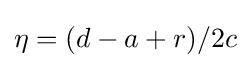
\eta =(d-a+r)/2c